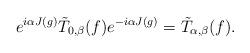
LaTeX: \begin{align*}e^{i\alpha J(g)} \tilde{T}_{0,\beta}(f)e^{-i\alpha J(g)} = \tilde{T}_{\alpha,\beta}(f).\end{align*}